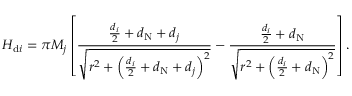
H _ { \mathrm { d } i } = \pi M _ { j } \left[ \frac { \frac { d _ { i } } { 2 } + d _ { \mathrm { N } } + d _ { j } } { \sqrt { r ^ { 2 } + \left( \frac { d _ { i } } { 2 } + d _ { \mathrm { N } } + d _ { j } \right) ^ { 2 } } } - \frac { \frac { d _ { i } } { 2 } + d _ { \mathrm { N } } } { \sqrt { r ^ { 2 } + \left( \frac { d _ { i } } { 2 } + d _ { \mathrm { N } } \right) ^ { 2 } } } \right] .